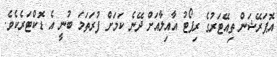
އޮޕަރޭޝަން ތިއޭޓަރުގެ ރިޕޯޓު އާއިލާއަށް ދޭނެ ކަމަށް ފުރަތަމަ ބުނީ އެ ޑޮކްޓަރެކެވެ.